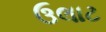
ઉલાટ